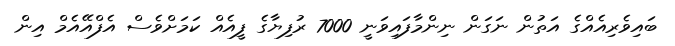
ބައިވެރިއެއްގެ އަތުން ނަގަން ނިންމާފައިވަނީ 7000 ރުފިޔާގެ ފީއެއް ކަމަށްވެސް އެފްއޭއެމް އިން